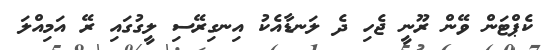
ކެޕްޓަން ވޭން ރޫނީ ޖެހި ދެ ލަނޑާއެކު އިނގިރޭސި ލީގުގައި ރޭ އަމިއްލަ